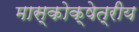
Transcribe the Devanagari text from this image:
मास्कोक्षेत्रीय